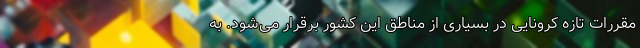
مقررات تازه کرونایی در بسیاری از مناطق این کشور برقرار می‌شود. به